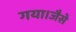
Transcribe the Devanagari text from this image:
गया।जैसे